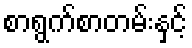
စာရွက်စာတမ်းနှင့်